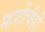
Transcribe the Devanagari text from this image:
म्हशींचीही